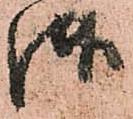
御